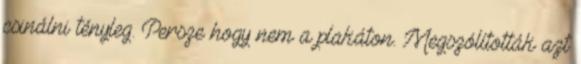
csinálni tényleg. Persze hogy nem a plakáton. Megszólították azt